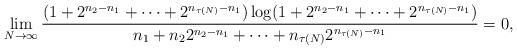
LaTeX: \begin{align*}\lim_{N\rightarrow\infty}\frac{(1+2^{n_{2}-n_{1}}+\cdots+2^{n_{\tau(N)}-n_{1}})\log(1+2^{n_{2}-n_{1}}+\cdots+2^{n_{\tau(N)}-n_{1}})}{ n_{1}+n_{2} 2^{n_{2}-n_{1}}+\cdots+n_{\tau(N)} 2^{n_{\tau(N)}-n_{1}}}=0,\end{align*}